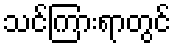
သင်ကြားရာတွင်